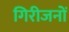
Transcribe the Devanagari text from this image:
गिरीजनों